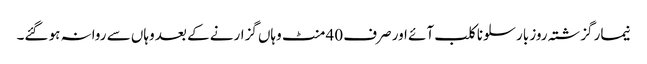
نیمار گزشتہ روز بارسلونا کلب آئے اور صرف 40 منٹ وہاں گزارنے کے بعد وہاں سے روانہ ہو گئے۔